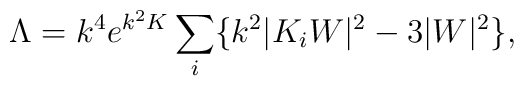
\Lambda=k^4 e^{k^2 K}\sum _{i}\{k^2 | K_i W |^2 - 3 |W|^2 \},